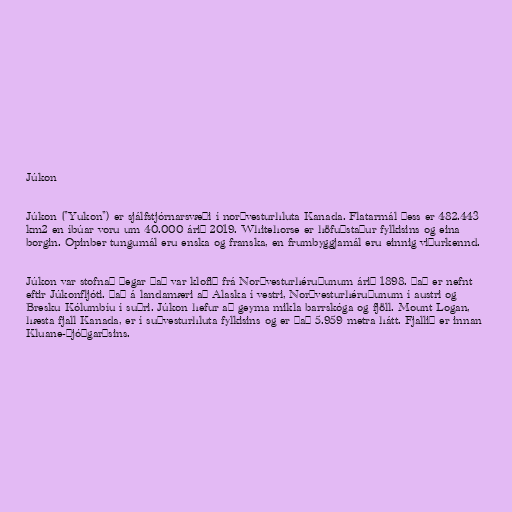
Júkon

Júkon ("Yukon") er sjálfstjórnarsvæði í norðvesturhluta Kanada. Flatarmál þess er 482.443
km2 en íbúar voru um 40.000 árið 2019. Whitehorse er höfuðstaður fylkisins og eina
borgin. Opinber tungumál eru enska og franska, en frumbyggjamál eru einnig viðurkennd.

Júkon var stofnað þegar það var klofið frá Norðvesturhéruðunum árið 1898. Það er nefnt
eftir Júkonfljóti. Það á landamæri að Alaska í vestri, Norðvesturhéruðunum í austri og
Bresku Kólumbíu í suðri. Júkon hefur að geyma mikla barrskóga og fjöll. Mount Logan,
hæsta fjall Kanada, er í suðvesturhluta fylkisins og er það 5.959 metra hátt. Fjallið er innan
Kluane-þjóðgarðsins.